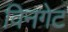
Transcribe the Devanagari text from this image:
विनगेट